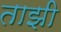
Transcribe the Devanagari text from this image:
ताझी